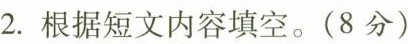
2. 根据短文内容填空。(8分)